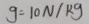
g = 1 0 N / k g